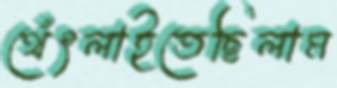
থেঁৎলাইতেছিলাম